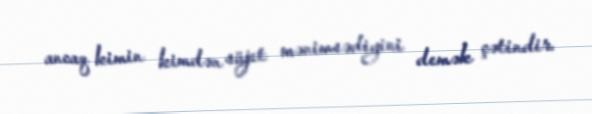
ancaq kimin kimdən süjet mənimsədiyini demək çətindir.